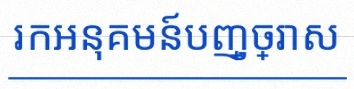
រកអនុគមន៍បញ្ច្រាស